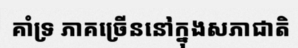
គាំទ្រ ភាគច្រើននៅក្នុងសភាជាតិ